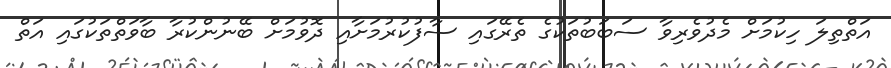
އަތްތިލަ ހިކުމަށް މެދުވެރިވާ ސަބަބުތަކުގެ ތެރޭގައި ސާފުކުރުމަށާއި ދޮވުމަށް ބޭނުންކުރާ ބާވަތްތަކުގައި އަތް